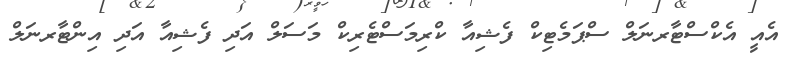
އެއީ އެކްސްޓާރނަލް ސްޕަމެޓިކް ފެޝިއާ ކްރިމަސްޓެރިކް މަސަލް އަދި ފެޝިއާ އަދި އިންޓާރނަލް